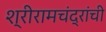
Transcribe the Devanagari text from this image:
श्रीरामचंद्रांची